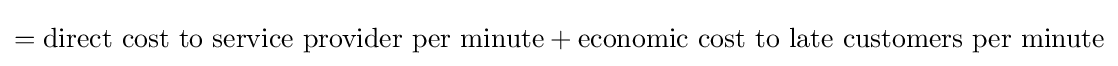
={\text{direct cost to service provider per minute}}+{\text{economic cost to late customers per minute}}